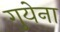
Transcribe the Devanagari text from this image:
गुयेना